Madras plague regulations and rules - Volume 1
Disease focus: Plague
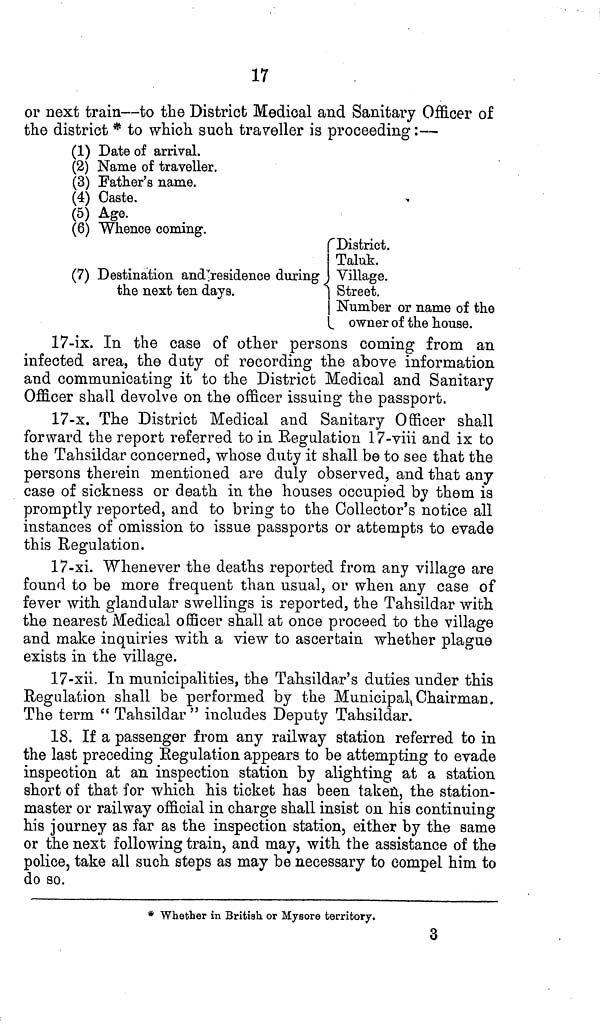
17
or next train—to the District Medical and Sanitary Officer of
the district * to which such traveller is proceeding:—
(1) Date of arrival.
(2) Name of traveller.
(3) Father's name.
(4) Caste.
(5) Age.
(6) Whence coming.
District.
Taluk.
(7) Destination and residence during Village,
the next ten days.
Street.
Number or name of the
owner of the house.
17-ix. In the case of other persons coming from an
infected area, the duty of recording the above information
and communicating it to the District Medical and Sanitary
Officer shall devolve on the officer issuing the passport.
17-x. The District Medical and Sanitary Officer shall
forward the report referred to in Regulation 17-viii and ix to
the Tahsildar concerned, whose duty it shall be to see that the
persons therein mentioned are duly observed, and that any
case of sickness or death in the houses occupied by them is
promptly reported, and to bring to the Collector's notice all
instances of omission to issue passports or attempts to evade
this Regulation.
17-xi. Whenever the deaths reported from any village are
found to be more frequent than usual, or when any case of
fever with glandular swellings is reported, the Tahsildar with
the nearest Medical officer shall at once proceed to the village
and make inquiries with a view to ascertain whether plague
exists in the village.
17-xii. In municipalities, the Tahsildar's duties under this
Regulation shall be performed by the Municipal, Chairman.
The term " Tahsildar " includes Deputy Tahsildar.
18. If a passenger from any railway station referred to in
the last preceding Regulation appears to be attempting to evade
inspection at an inspection station by alighting at a station
short of that for which his ticket has been taken, the station-
master or railway official in charge shall insist on his continuing
his journey as far as the inspection station, either by the same
or the next following train, and may, with the assistance of the
police, take all such steps as may be necessary to compel him to
do so.
* Whether in British or Mysore territory.
3